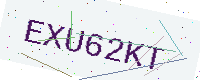
Text: EXU62KT